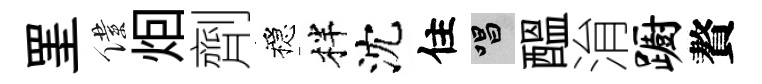
罣僕𤇆劑穩柈沈住唱醖㳙蹰贅